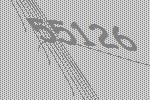
55126